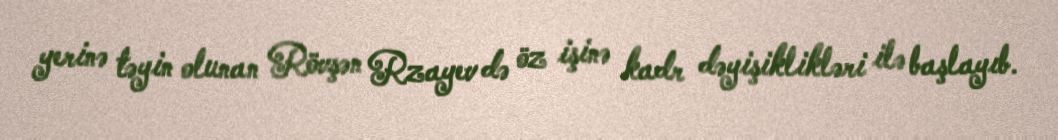
yerinə təyin olunan Rövşən Rzayev də öz işinə kadr dəyişiklikləri ilə başlayıb.